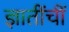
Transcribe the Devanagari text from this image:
ज्ञातींचीं